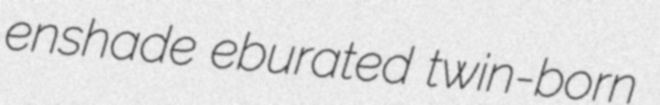
enshade eburated twin-born